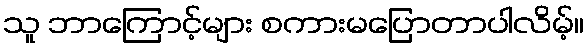
သူ ဘာကြောင့်များ စကားမပြောတာပါလိမ့်။